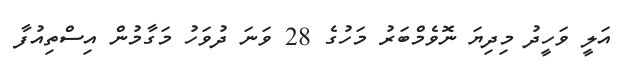
އަލީ ވަހީދު މިދިޔަ ނޮވެމްބަރު މަހުގެ 28 ވަނަ ދުވަހު މަގާމުން އިސްތިއުފާ